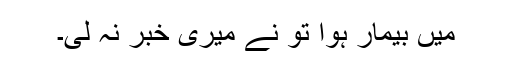
میں بیمار ہوا تو نے میری خبر نہ لی۔